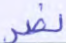
نصر